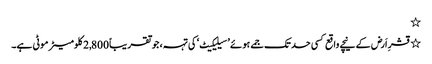
٭
٭ قشرِ اَرض کے نیچے واقع کسی حد تک جمے ہوئے ’سیلیکیٹ‘ کی تہہ، جو تقریباً 2,800 کلومیٹر موٹی ہے۔